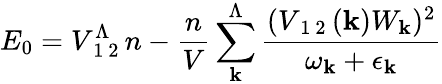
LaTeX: E_{0}=V_{\mathrm{~1~2~}}^{\Lambda}n-\frac{n}{V}\sum_{\mathbf{k}}^{\Lambda}\frac{(V_{\mathrm{~1~2~}}(\mathbf{k})W_{\mathbf{k}})^{2}}{\omega_{\mathbf{k}}+\epsilon_{\mathbf{k}}}